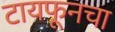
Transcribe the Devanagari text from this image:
टायफूनचा